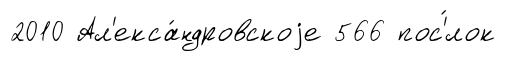
2010 Ал'екса́ндровскоjе 566 пос'́лок